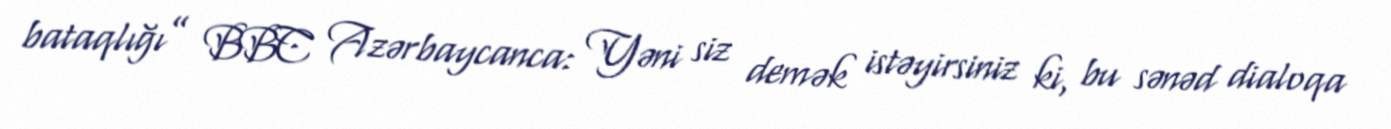
bataqlığı” BBC Azərbaycanca: Yəni siz demək istəyirsiniz ki, bu sənəd dialoqa